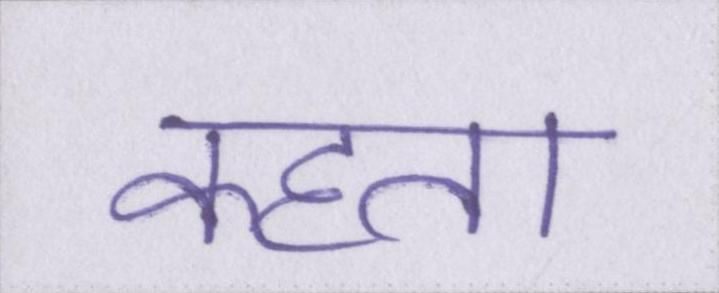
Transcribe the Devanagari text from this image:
कहता